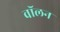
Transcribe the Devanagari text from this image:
वॉलन